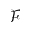
\mathcal { F }